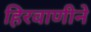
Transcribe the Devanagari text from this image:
हिरवाणीने